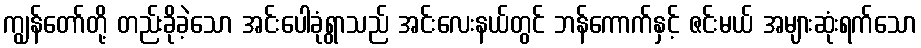
ကျွန်တော်တို့ တည်းခိုခဲ့သော အင်းပေါခုံရွာသည် အင်းလေးနယ်တွင် ဘန်ကောက်နှင့် ဇင်းမယ် အများဆုံးရက်သော